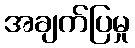
အချက်ပြမှု